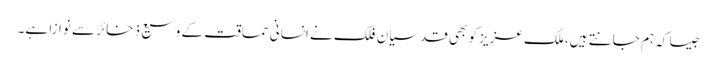
جیسا کہ ہم جانتے ہیں، ملک عزیز کو بھی قدسیان فلک نے انسانی حماقت کے وسیع ذخائر سے نوازا ہے۔